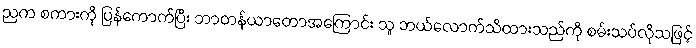
ညက စကားကို ပြန်ကောက်ပြီး ဘာတန်ယာတောအကြောင်း သူ ဘယ်လောက်သိထားသည်ကို စမ်းသပ်လိုသဖြင့်